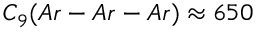
C _ { 9 } ( A r - A r - A r ) \approx 6 5 0